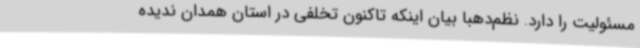
مسئولیت را دارد. نظم‌دهبا بیان اینکه تاکنون تخلفی در استان همدان ندیده